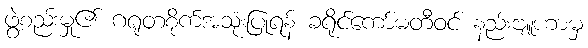
ဖွဲ့စည်းမှု၏ ဂရုတစိုက်အသုံးပြုရန် ခရိုင်ကော်မတီဝင် နည်းဗျူဟာမှ